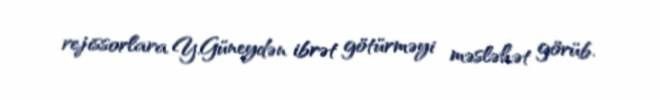
rejissorlara Y.Güneydən ibrət götürməyi məsləhət görüb.